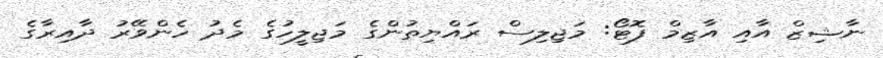
ނާޝިޒް އާއި އާޒިމް ފޮޓޯ: މަޖިލިސް ރައްޔިތުންގެ މަޖިލީހުގެ މެދު ހެންވޭރު ދާއިރާގެ